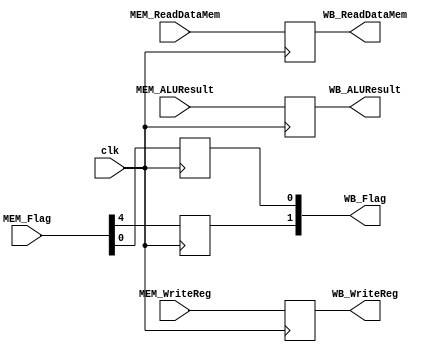
`timescale 1ns / 1ps
//////////////////////////////////////////////////////////////////////////////////
// Company:
// Engineer:
//
// Design Name:
// Module Name: MEM_WB
// Project Name:
// Target Devices:
// Tool Versions:
// Description:
//
// Dependencies:
//
// Revision:
// Revision 0.01 - File Created
// Additional Comments:
//
//////////////////////////////////////////////////////////////////////////////////


module MEM_WB(clk,MEM_Flag,
              MEM_ReadDataMem,MEM_ALUResult,MEM_WriteReg,
              WB_Flag,
              WB_ReadDataMem,WB_ALUResult,WB_WriteReg);
  input clk;
  input [4:0] MEM_Flag;
  input [4:0] MEM_WriteReg;
  input [31:0] MEM_ReadDataMem,MEM_ALUResult;
  reg WB_MemtoReg,WB_RegWrite;
  output [1:0] WB_Flag;
  output reg [4:0] WB_WriteReg;
  output reg [31:0] WB_ReadDataMem,WB_ALUResult;
  wire MEM_MemtoReg,MEM_RegWrite;

  assign WB_Flag={WB_MemtoReg,WB_RegWrite};
  assign {MEM_MemtoReg,MEM_RegWrite}={MEM_Flag[4],MEM_Flag[0]};
  initial begin
    WB_MemtoReg=0;
    WB_RegWrite=0;
    WB_WriteReg=5'b0;
    WB_ReadDataMem=32'b0;
    WB_ALUResult=32'b0;
  end

  always @(posedge clk)begin
    WB_MemtoReg   <=MEM_MemtoReg;
    WB_RegWrite   <=MEM_RegWrite;
    WB_WriteReg   <=MEM_WriteReg;
    WB_ReadDataMem<=MEM_ReadDataMem;
    WB_ALUResult  <=MEM_ALUResult;
  end

endmodule